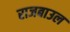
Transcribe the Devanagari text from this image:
राजबाउल